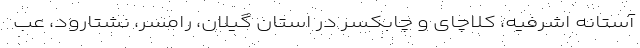
آستانه اشرفیه، کلاچای و چابکسر در استان گیلان، رامسر، نشتارود، عب